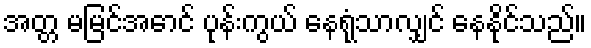
အတ္တ မမြင်အောင် ပုန်းကွယ် နေရုံသာလျှင် နေနိုင်သည်။